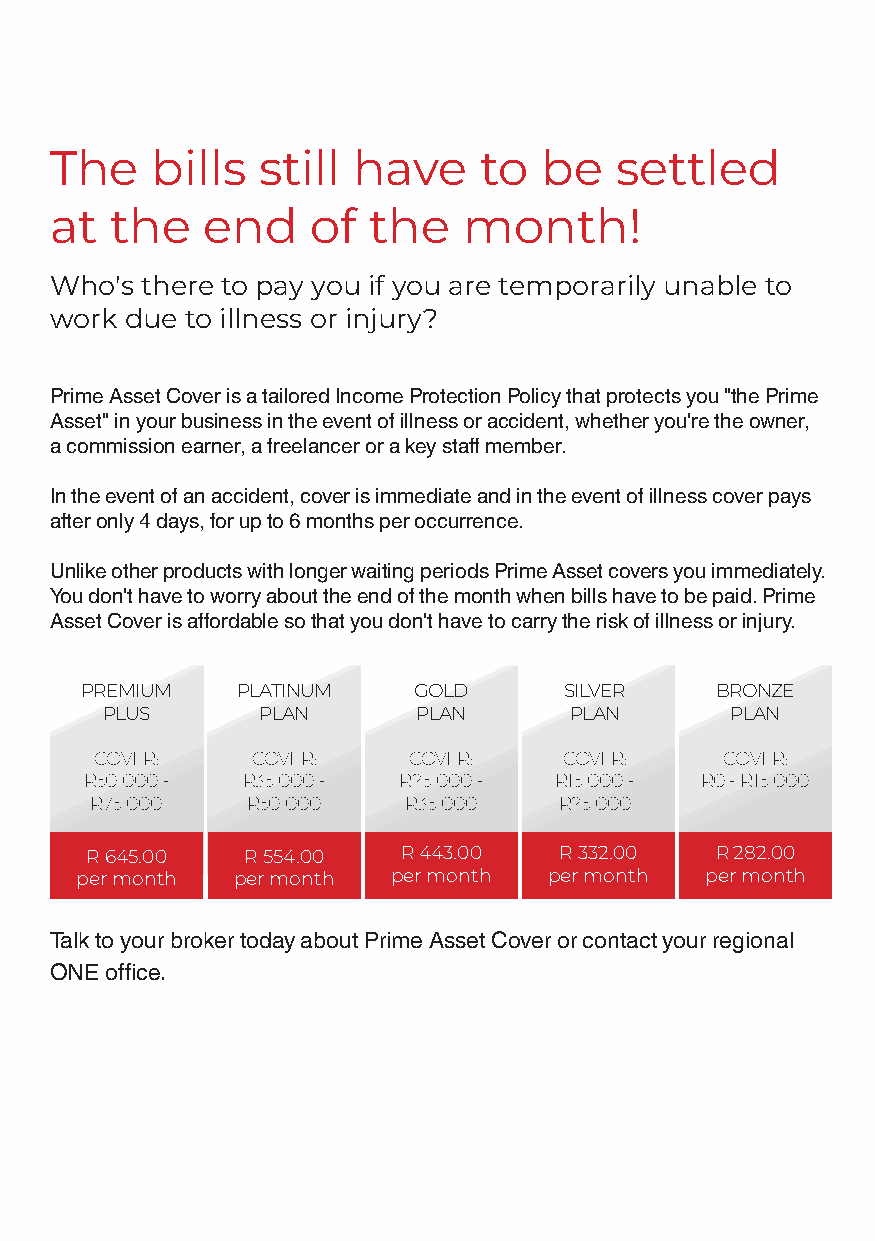
The    bills  still have     to  be   settled
 at  the    end    of the    month!
 Who's there to pay you if you are temporarily unable to
 work due to illness or injury?
 Prime Asset Cover is a tailored Income Protection Policy that protects you "the Prime
 Asset" in your business in the event of illness or accident, whether you're the owner,
 a commission earner, a freelancer or a key staff member.
 In the event of an accident, cover is immediate and in the event of illness cover pays
 after only 4 days, for up to 6 months per occurrence.
 Unlike other products with longer waiting periods Prime Asset covers you immediately.
 You don't have to worry about the end of the month when bills have to be paid. Prime
 Asset Cover is affordable so that you don't have to carry the risk of illness or injury.
 PREMIUM    PLATINUM   GOLD      SILVER    BRONZE
 PLUS      PLAN       PLAN      PLAN      PLAN
 COVER:     COVER:    COVER:    COVER:     COVER:
 R50 000 - R35 000 - R25 000 -  R15 000 - R0 - R15 000
 R75 000   R50 000    R35 000   R25 000
 R 645.00  R 554.00  R 443.00   R 332.00  R 282.00
 per month per month  per month per month  per month
 Talk to your broker today about Prime Asset Cover or contact your regional
 ONE office.